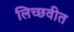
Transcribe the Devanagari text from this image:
लिच्छवीत